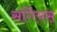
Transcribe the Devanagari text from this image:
सर्गियस